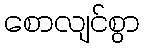
စောလျင်စွာ